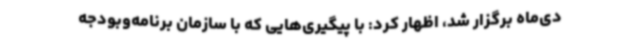
دی‌ماه برگزار شد، اظهار کرد: با پیگیری‌هایی که با سازمان برنامه‌وبودجه